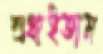
শুধাইতাম